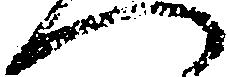
へ